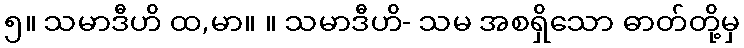
၅။ သမာဒီဟိ ထ,မာ။ ။ သမာဒီဟိ- သမ အစရှိသော ဓာတ်တို့မှ